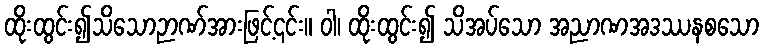
ထိုးထွင်း၍သိသောဉာဏ်အားဖြင့်၎င်း။ ဝါ၊ ထိုးထွင်း၍ သိအပ်သော အညာဏအဒဿနစသော